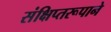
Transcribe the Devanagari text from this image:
संक्षिप्तरूपाने